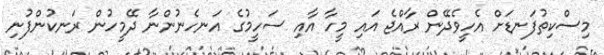
މިސްކިތުފަނޑަށް އެހީވެދޭން ރާއްޖެ އައި މީހާ އާއި ސަހީމުގެ އަނހެނުންނާ ދޭމީހުން ރަނކުންފުނި